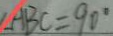
\angle A B C = 9 0 ^ { \circ }